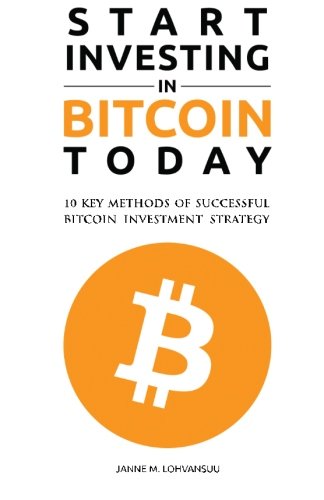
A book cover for Start Investing in Bitcoin Today: 10 Key Methods for Successful Bitcoin Investment Strategy; Mr. Janne M. Lohvansuu; Computers & Technology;